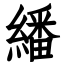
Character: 繙